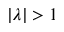
| \lambda | > 1